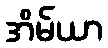
အိမ်ယာ